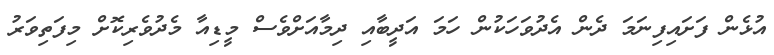
އުޅެން ފަށައިފިނަމަ ދެން އެދުވަހަކުން ހަމަ އަދީބާއި ދިމާއަށްވެސް މީޑިއާ މެދުވެރިކޮށް މިފަތިވަރު